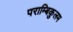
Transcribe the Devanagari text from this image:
पराम्बिकुलम